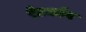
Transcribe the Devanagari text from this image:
रेटकॉन